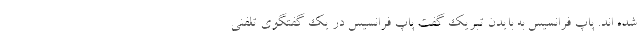
شده اند. پاپ فرانسیس به بایدن تبریک گفت پاپ فرانسیس در یک گفتگوی تلفنی